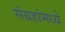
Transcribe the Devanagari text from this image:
संग्रहांमध्ये